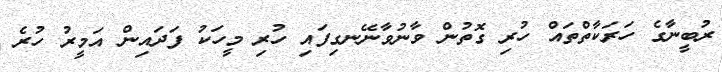
ރުބީނާގެ ހަރަކާތްތައް ހުރި ގޮތުން ވާނުވާނޭނގިފައި ހުރި މީހަކު ފަދައިން އަމީރު ހުރެ